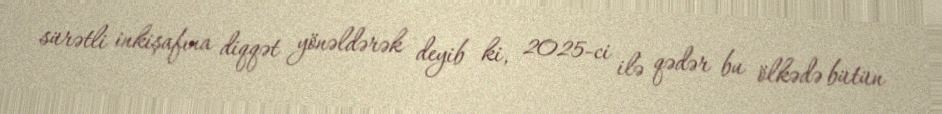
sürətli inkişafına diqqət yönəldərək deyib ki, 2025-ci ilə qədər bu ölkədə bütün